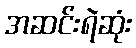
အဆင်းရဲဆုံး